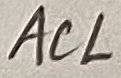
Text: ACL